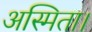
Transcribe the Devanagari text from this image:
अस्मिता।